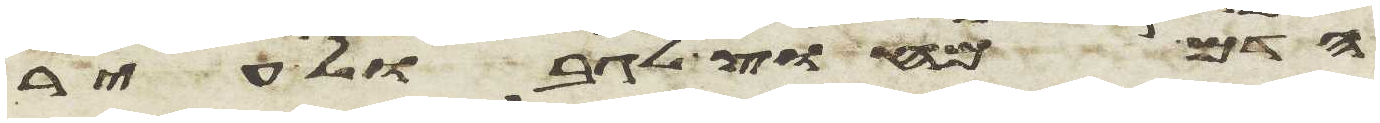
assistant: הדם מחוץ לגבול עיר